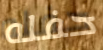
حفله